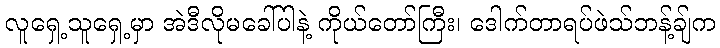
လူရှေ့သူရှေ့မှာ အဲဒီလိုမခေါ်ပါနဲ့ ကိုယ်တော်ကြီး၊ ဒေါက်တာရပ်ဖဲသ်ဘန့်ချ်က